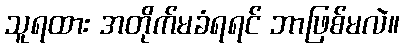
သူရထား အတိုက်မခံရရင် ဘာဖြစ်မလဲ။